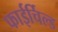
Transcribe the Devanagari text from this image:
फाईर्चिल्ड